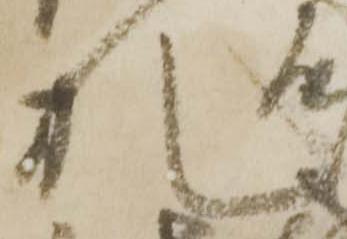
札